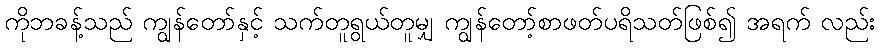
ကိုဘခန့်သည် ကျွန်တော်နှင့် သက်တူရွယ်တူမျှ ကျွန်တော့်စာဖတ်ပရိသတ်ဖြစ်၍ အရက် လည်း